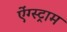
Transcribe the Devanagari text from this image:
ऐंग्स्ट्राम